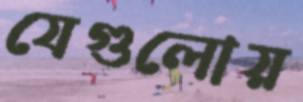
যেগুলোয়